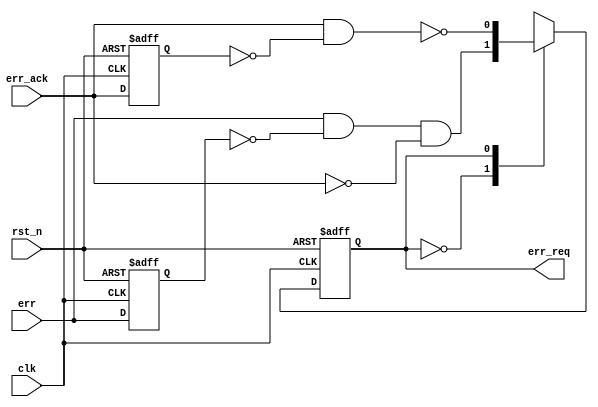
// This program was cloned from: https://github.com/chipsalliance/aib-phy-hardware
// License: Apache License 2.0

// SPDX-License-Identifier: Apache-2.0
// Copyright (C) 2019 Intel Corporation. 
//
// Name    : ECC Hand-shake Synchronizer

module altr_hps_eccsync (
  input  wire rst_n,          // Reset (active low)
  input  wire clk,            // Clock 
  input  wire err,            // Error interrupt (from ECC RAM, serr/derr)
  input  wire err_ack,        // Error interrupt request (from System Manager)
  output reg  err_req         // Error interrupt acknowledge (to GIC)
);

// Declaration
localparam IDLE = 1'b0,
           REQ  = 1'b1;

reg err_d, ack_d;
wire err_p, ack_p;

// Positive edge detection
assign err_p = err & ~err_d;
assign ack_p = err_ack & ~ack_d;

always @(posedge clk, negedge rst_n) begin
  if (~rst_n) begin
    err_d <= 1'b0;
    ack_d <= 1'b0;
    end
  else begin
    err_d <= err;
    ack_d <= err_ack;
    end
  end

// Hand-shake states
always @(posedge clk, negedge rst_n) begin
  if (~rst_n)
    err_req <= 1'b0;
  else
    case (err_req)
      IDLE: err_req <= err_p & ~err_ack;
      REQ : err_req <= ~ack_p;
      default: err_req <= 1'bx;  // simulation purpose
    endcase
end

endmodule